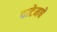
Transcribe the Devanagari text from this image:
वाटेमधे